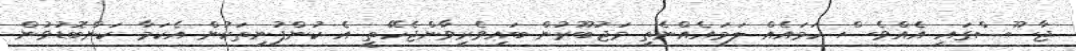
ޖާސޫސްގައި އެއްވެސް ހަމައެއް ލަމައެއްނެތި މަޖުބޫރުން ބައިވެރިވާންޖެހޭތީ އެ ކުންފުނިތަކުން އެކަމާ ކަންބޮޑުވުން